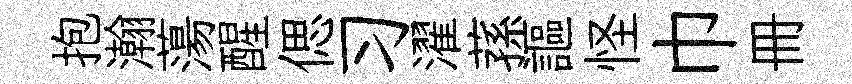
抱瀚蕩醒偲习濯蓀謳怪巾册